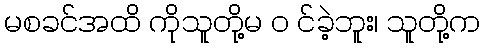
မစခင်အထိ ကိုသူတို့မ ၀ င်ခဲ့ဘူး၊ သူတို့က